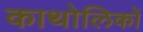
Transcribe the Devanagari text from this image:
काथोलिकों